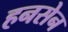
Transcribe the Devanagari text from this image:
हनसेन